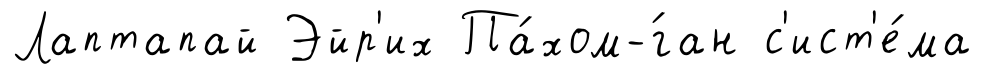
Лаптапай Эйр'их Па́хом-́ган с'ист'е́ма